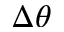
\Delta \theta